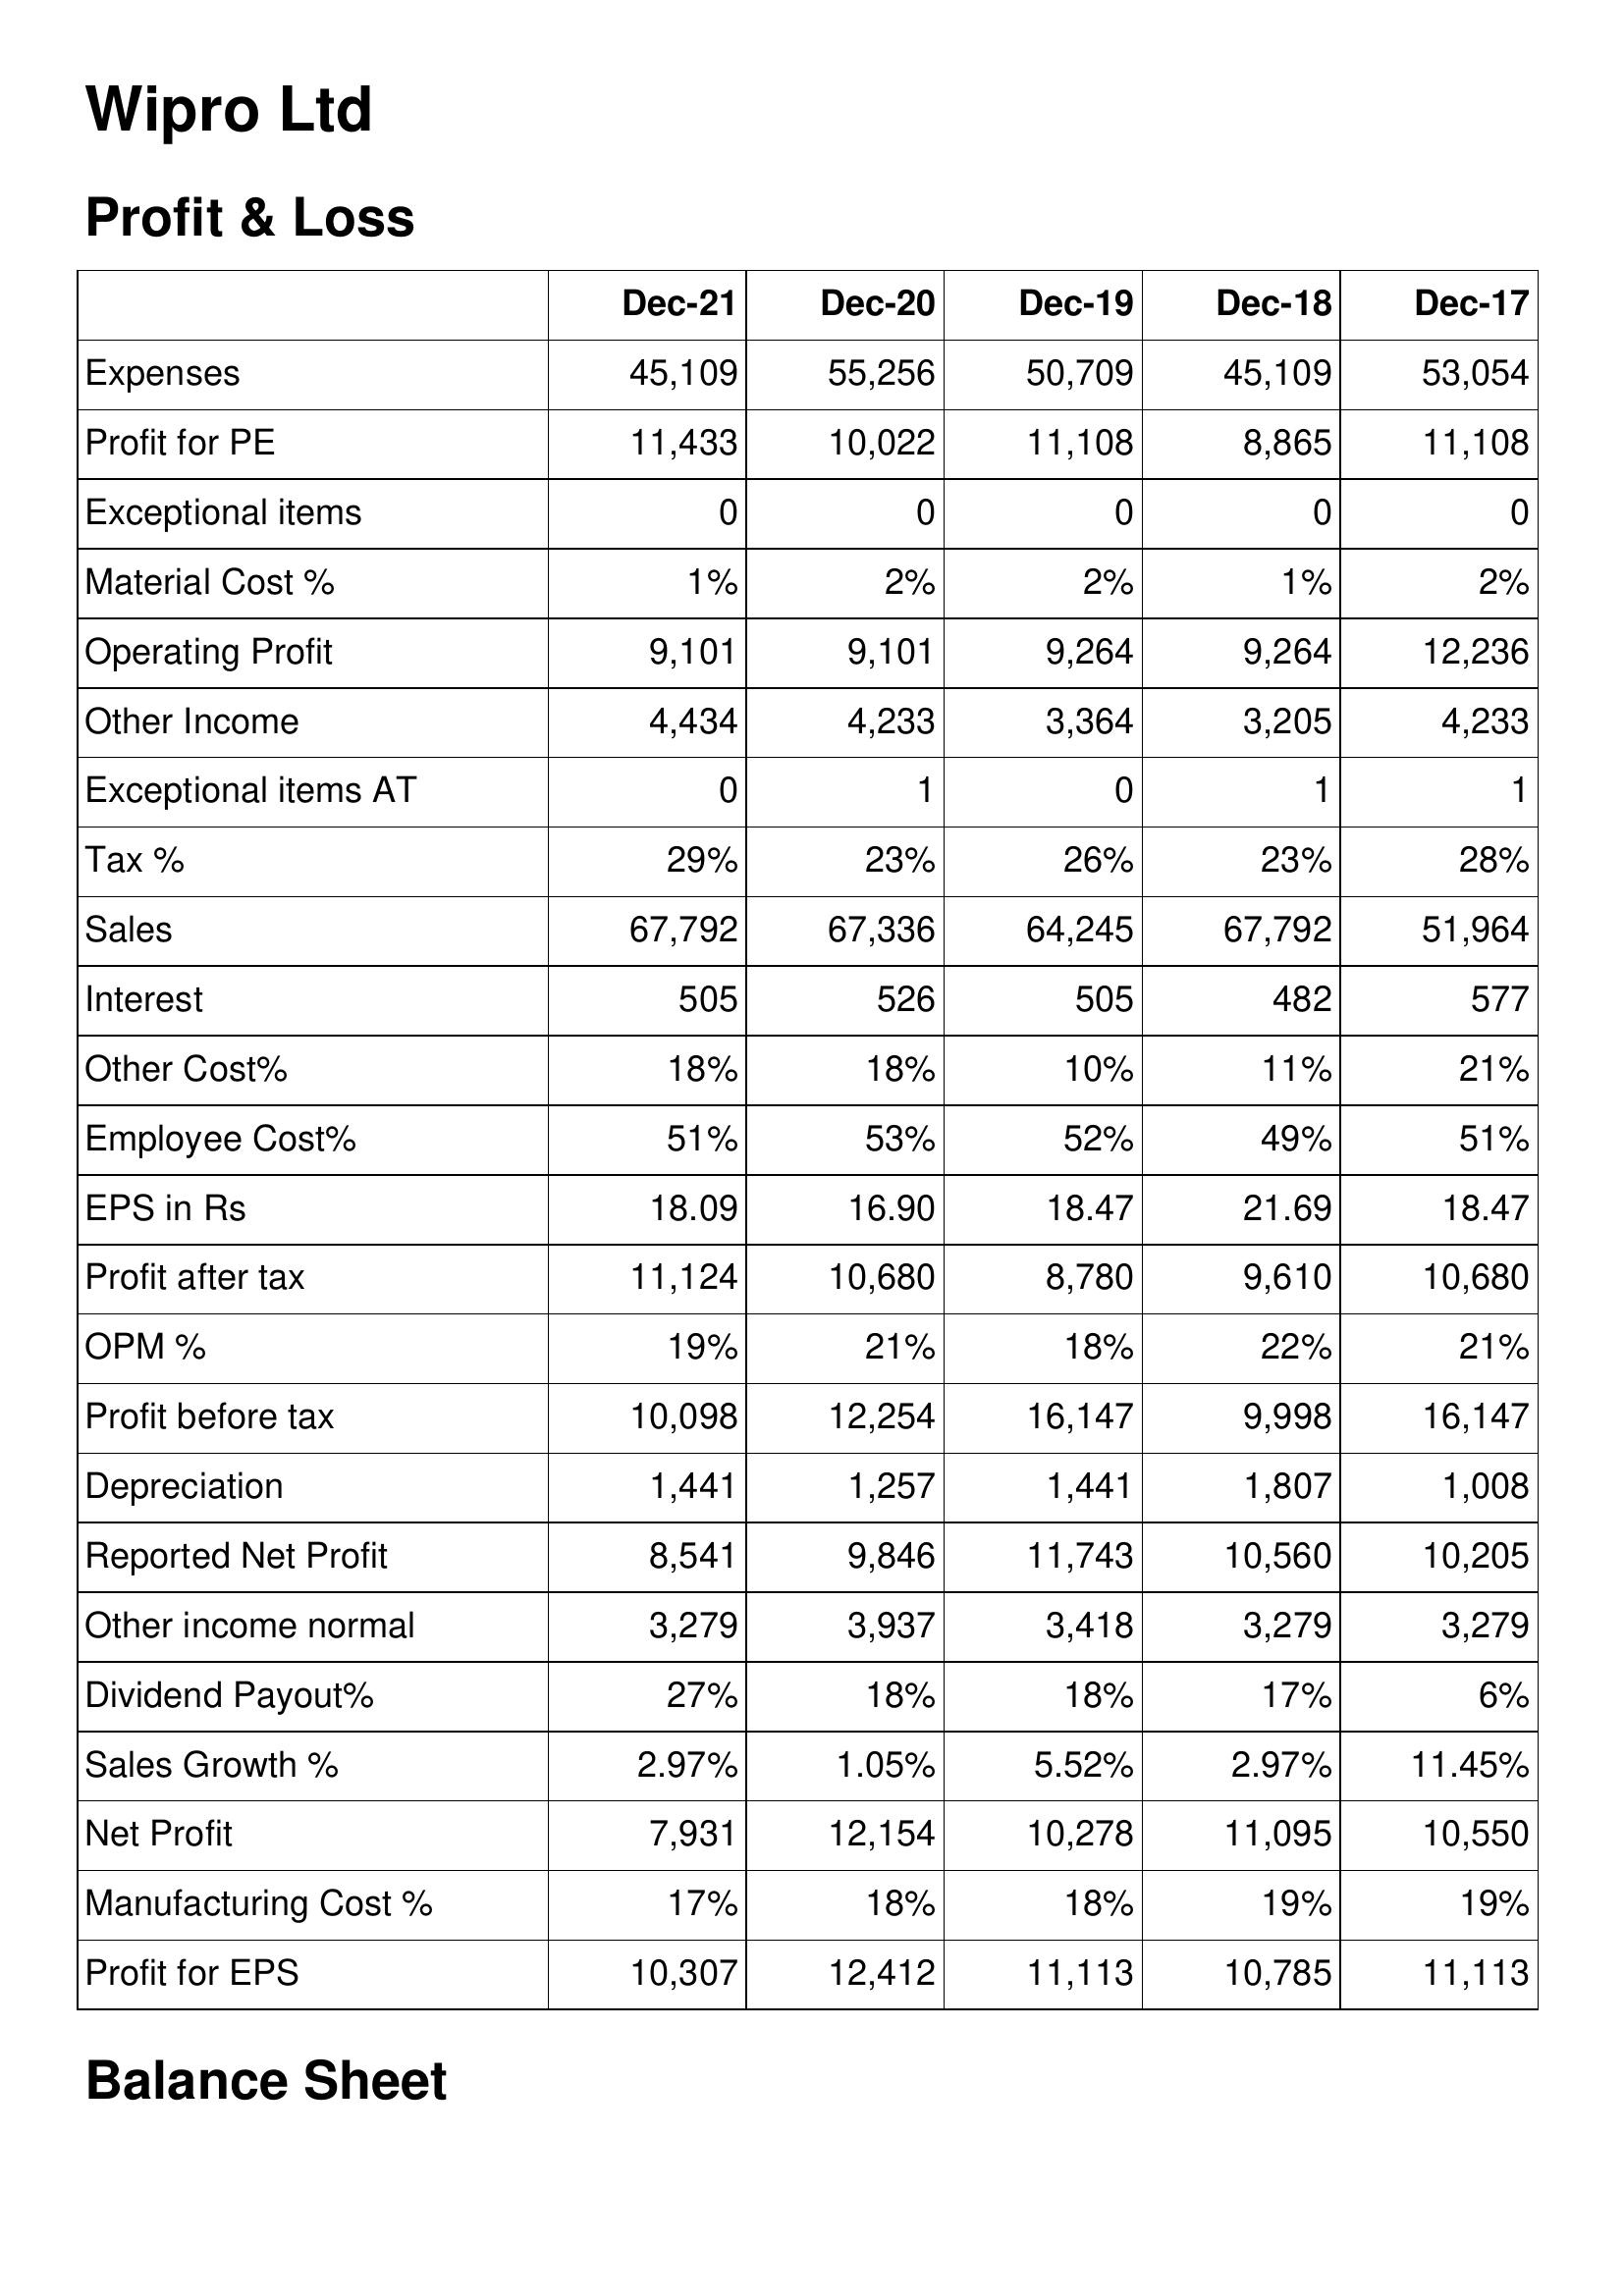
Dec-21: Profit & Loss: Expenses: 45,109
Profit for PE: 11,433
Exceptional items: 0
Material Cost %: 1%
Operating Profit: 9,101
Other Income: 4,434
Exceptional items AT: 0
Tax %: 29%
Sales: 67,792
Interest: 505
Other Cost%: 18%
Employee Cost%: 51%
EPS in Rs: 18.09
Profit after tax: 11,124
OPM %: 19%
Profit before tax: 10,098
Depreciation: 1,441
Reported Net Profit: 8,541
Other income normal: 3,279
Dividend Payout%: 27%
Sales Growth %: 2.97%
Net Profit: 7,931
Manufacturing Cost %: 17%
Profit for EPS: 10,307
Dec-20: Profit & Loss: Expenses: 55,256
Profit for PE: 10,022
Exceptional items: 0
Material Cost %: 2%
Operating Profit: 9,101
Other Income: 4,233
Exceptional items AT: 1
Tax %: 23%
Sales: 67,336
Interest: 526
Other Cost%: 18%
Employee Cost%: 53%
EPS in Rs: 16.90
Profit after tax: 10,680
OPM %: 21%
Profit before tax: 12,254
Depreciation: 1,257
Reported Net Profit: 9,846
Other income normal: 3,937
Dividend Payout%: 18%
Sales Growth %: 1.05%
Net Profit: 12,154
Manufacturing Cost %: 18%
Profit for EPS: 12,412
Dec-19: Profit & Loss: Expenses: 50,709
Profit for PE: 11,108
Exceptional items: 0
Material Cost %: 2%
Operating Profit: 9,264
Other Income: 3,364
Exceptional items AT: 0
Tax %: 26%
Sales: 64,245
Interest: 505
Other Cost%: 10%
Employee Cost%: 52%
EPS in Rs: 18.47
Profit after tax: 8,780
OPM %: 18%
Profit before tax: 16,147
Depreciation: 1,441
Reported Net Profit: 11,743
Other income normal: 3,418
Dividend Payout%: 18%
Sales Growth %: 5.52%
Net Profit: 10,278
Manufacturing Cost %: 18%
Profit for EPS: 11,113
Dec-18: Profit & Loss: Expenses: 45,109
Profit for PE: 8,865
Exceptional items: 0
Material Cost %: 1%
Operating Profit: 9,264
Other Income: 3,205
Exceptional items AT: 1
Tax %: 23%
Sales: 67,792
Interest: 482
Other Cost%: 11%
Employee Cost%: 49%
EPS in Rs: 21.69
Profit after tax: 9,610
OPM %: 22%
Profit before tax: 9,998
Depreciation: 1,807
Reported Net Profit: 10,560
Other income normal: 3,279
Dividend Payout%: 17%
Sales Growth %: 2.97%
Net Profit: 11,095
Manufacturing Cost %: 19%
Profit for EPS: 10,785
Dec-17: Profit & Loss: Expenses: 53,054
Profit for PE: 11,108
Exceptional items: 0
Material Cost %: 2%
Operating Profit: 12,236
Other Income: 4,233
Exceptional items AT: 1
Tax %: 28%
Sales: 51,964
Interest: 577
Other Cost%: 21%
Employee Cost%: 51%
EPS in Rs: 18.47
Profit after tax: 10,680
OPM %: 21%
Profit before tax: 16,147
Depreciation: 1,008
Reported Net Profit: 10,205
Other income normal: 3,279
Dividend Payout%: 6%
Sales Growth %: 11.45%
Net Profit: 10,550
Manufacturing Cost %: 19%
Profit for EPS: 11,113